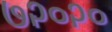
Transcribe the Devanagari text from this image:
७२०२०